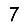
Digit: 7